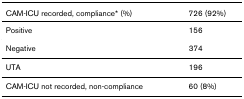
| CAM-ICU recorded, compliance* (%) | 726 (92%) |
 | --- | --- |
 | Positive | 156 |
 | Negative | 374 |
 | UTA | 196 |
 | CAM-ICU not recorded, non-compliance | 60 (8%) |